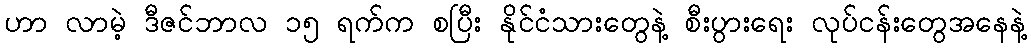
ဟာ လာမဲ့ ဒီဇင်ဘာလ ၁၅ ရက်က စပြီး နိုင်ငံသားတွေနဲ့ စီးပွားရေး လုပ်ငန်းတွေအနေနဲ့